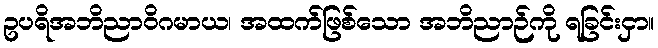
ဥပရိအဘိညာဝိဂမာယ၊ အထက်ဖြစ်သော အဘိညာဉ်ကို ရခြင်းငှာ။